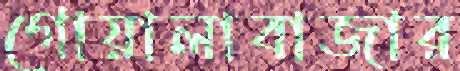
গোয়ালাবাজার